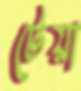
টেয়া